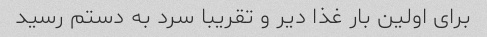
برای اولین بار غذا دیر و تقریبا سرد به دستم رسید